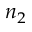
n _ { 2 }